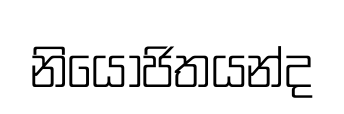
නියෝජිතයන්ද